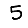
Digit: 5